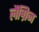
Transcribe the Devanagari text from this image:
लैंग्रिज